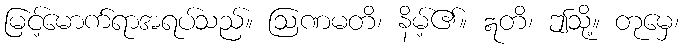
မြင့်မောက်ရာအရပ်သည်။ ဩဏမတိ၊ နိမ့်၏။ ဣတိ၊ ဤသို့။ တုမှေ၊